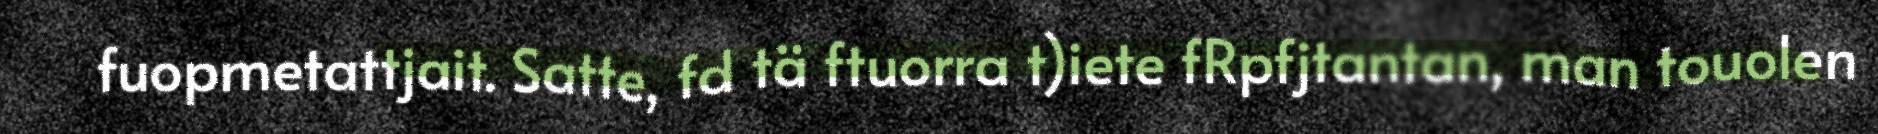
fuopmetattjait. Satte, fd tä ftuorra t)iete fRpfjtantan, man touolen